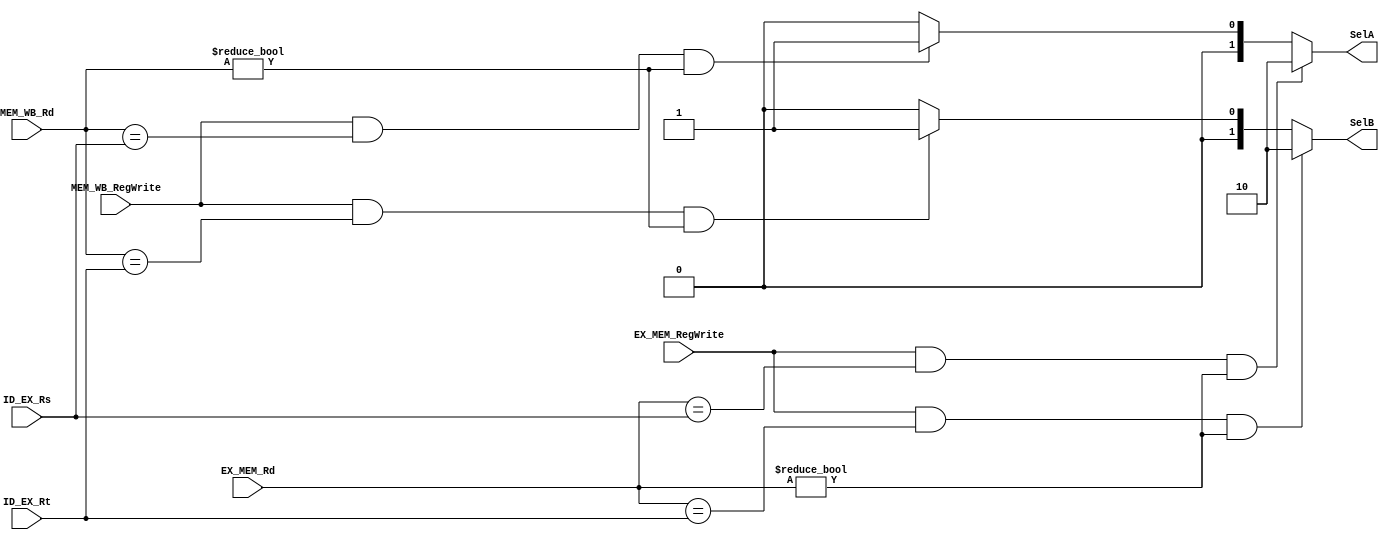
module ForwardingUnit(EX_MEM_RegWrite, EX_MEM_Rd, ID_EX_Rs, ID_EX_Rt, MEM_WB_RegWrite, MEM_WB_Rd, SelA, SelB);
input EX_MEM_RegWrite, MEM_WB_RegWrite;
input [4:0]  EX_MEM_Rd, ID_EX_Rs, MEM_WB_Rd, ID_EX_Rt;
output reg [1:0] SelA, SelB;

    always @(EX_MEM_RegWrite, EX_MEM_Rd, ID_EX_Rt, MEM_WB_RegWrite, MEM_WB_Rd, ID_EX_Rt) begin
        SelA = 2'b00;
        SelB = 2'b00;
        if(EX_MEM_RegWrite == 1'b1 && EX_MEM_Rd == ID_EX_Rs && EX_MEM_Rd != 5'b00000)
            SelA = 2'b10;
        else if(MEM_WB_RegWrite == 1'b1 && MEM_WB_Rd == ID_EX_Rs && MEM_WB_Rd != 5'b00000)
            SelA = 2'b01;  
        if(EX_MEM_RegWrite == 1'b1 && EX_MEM_Rd == ID_EX_Rt && EX_MEM_Rd != 5'b00000)
            SelB = 2'b10;
        else if(MEM_WB_RegWrite == 1'b1 && MEM_WB_Rd == ID_EX_Rt && MEM_WB_Rd != 5'b00000)
            SelB = 2'b01;           
    end

endmodule